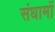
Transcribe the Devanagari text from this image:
संधामों